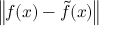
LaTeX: \left\| f ( x ) - { \tilde { f } } ( x ) \right\|